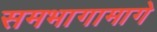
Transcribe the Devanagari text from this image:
समभागामागे